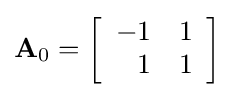
\mathbf {A} _{0}=\left[{\begin{array}{rrrr}-1&1\\1&1\\\end{array}}\right]